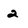
Character: 2